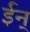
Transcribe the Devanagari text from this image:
ईन्